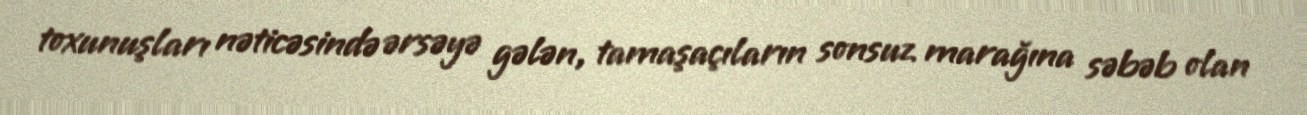
toxunuşları nəticəsində ərsəyə gələn, tamaşaçıların sonsuz marağına səbəb olan